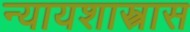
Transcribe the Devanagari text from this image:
न्यायशास्त्रास